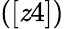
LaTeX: ([\mathit{z}4])